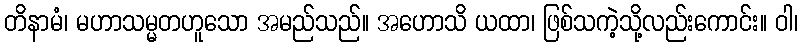
တိနာမံ၊ မဟာသမ္မတဟူသော အမည်သည်။ အဟောသိ ယထာ၊ ဖြစ်သကဲ့သို့လည်းကောင်း။ ဝါ၊